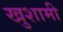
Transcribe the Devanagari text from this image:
खुशामी